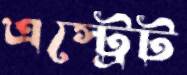
এস্ট্রেট